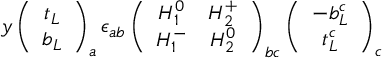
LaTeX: y \left( \begin{array} { c } { { t _ { L } } } \\ { { b _ { L } } } \end{array} \right) _ { a } \epsilon _ { a b } \left( \begin{array} { c c } { { H _ { 1 } ^ { 0 } } } & { { H _ { 2 } ^ { + } } } \\ { { H _ { 1 } ^ { - } } } & { { H _ { 2 } ^ { 0 } } } \end{array} \right) _ { b c } \left( \begin{array} { c } { { - b _ { L } ^ { c } } } \\ { { t _ { L } ^ { c } } } \end{array} \right) _ { c }